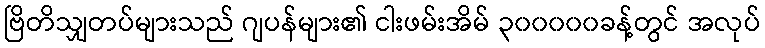
ဗြိတိသျှတပ်များသည် ဂျပန်များ၏ ငါးဖမ်းအိမ် ၃၀၀၀၀၀ခန့်တွင် အလုပ်